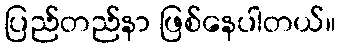
ပြည်တည်နာ ဖြစ်နေပါတယ်။